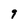
Character: 9